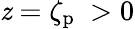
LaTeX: \mathit{z}=\zeta_{\mathrm{{p}}}\ >0